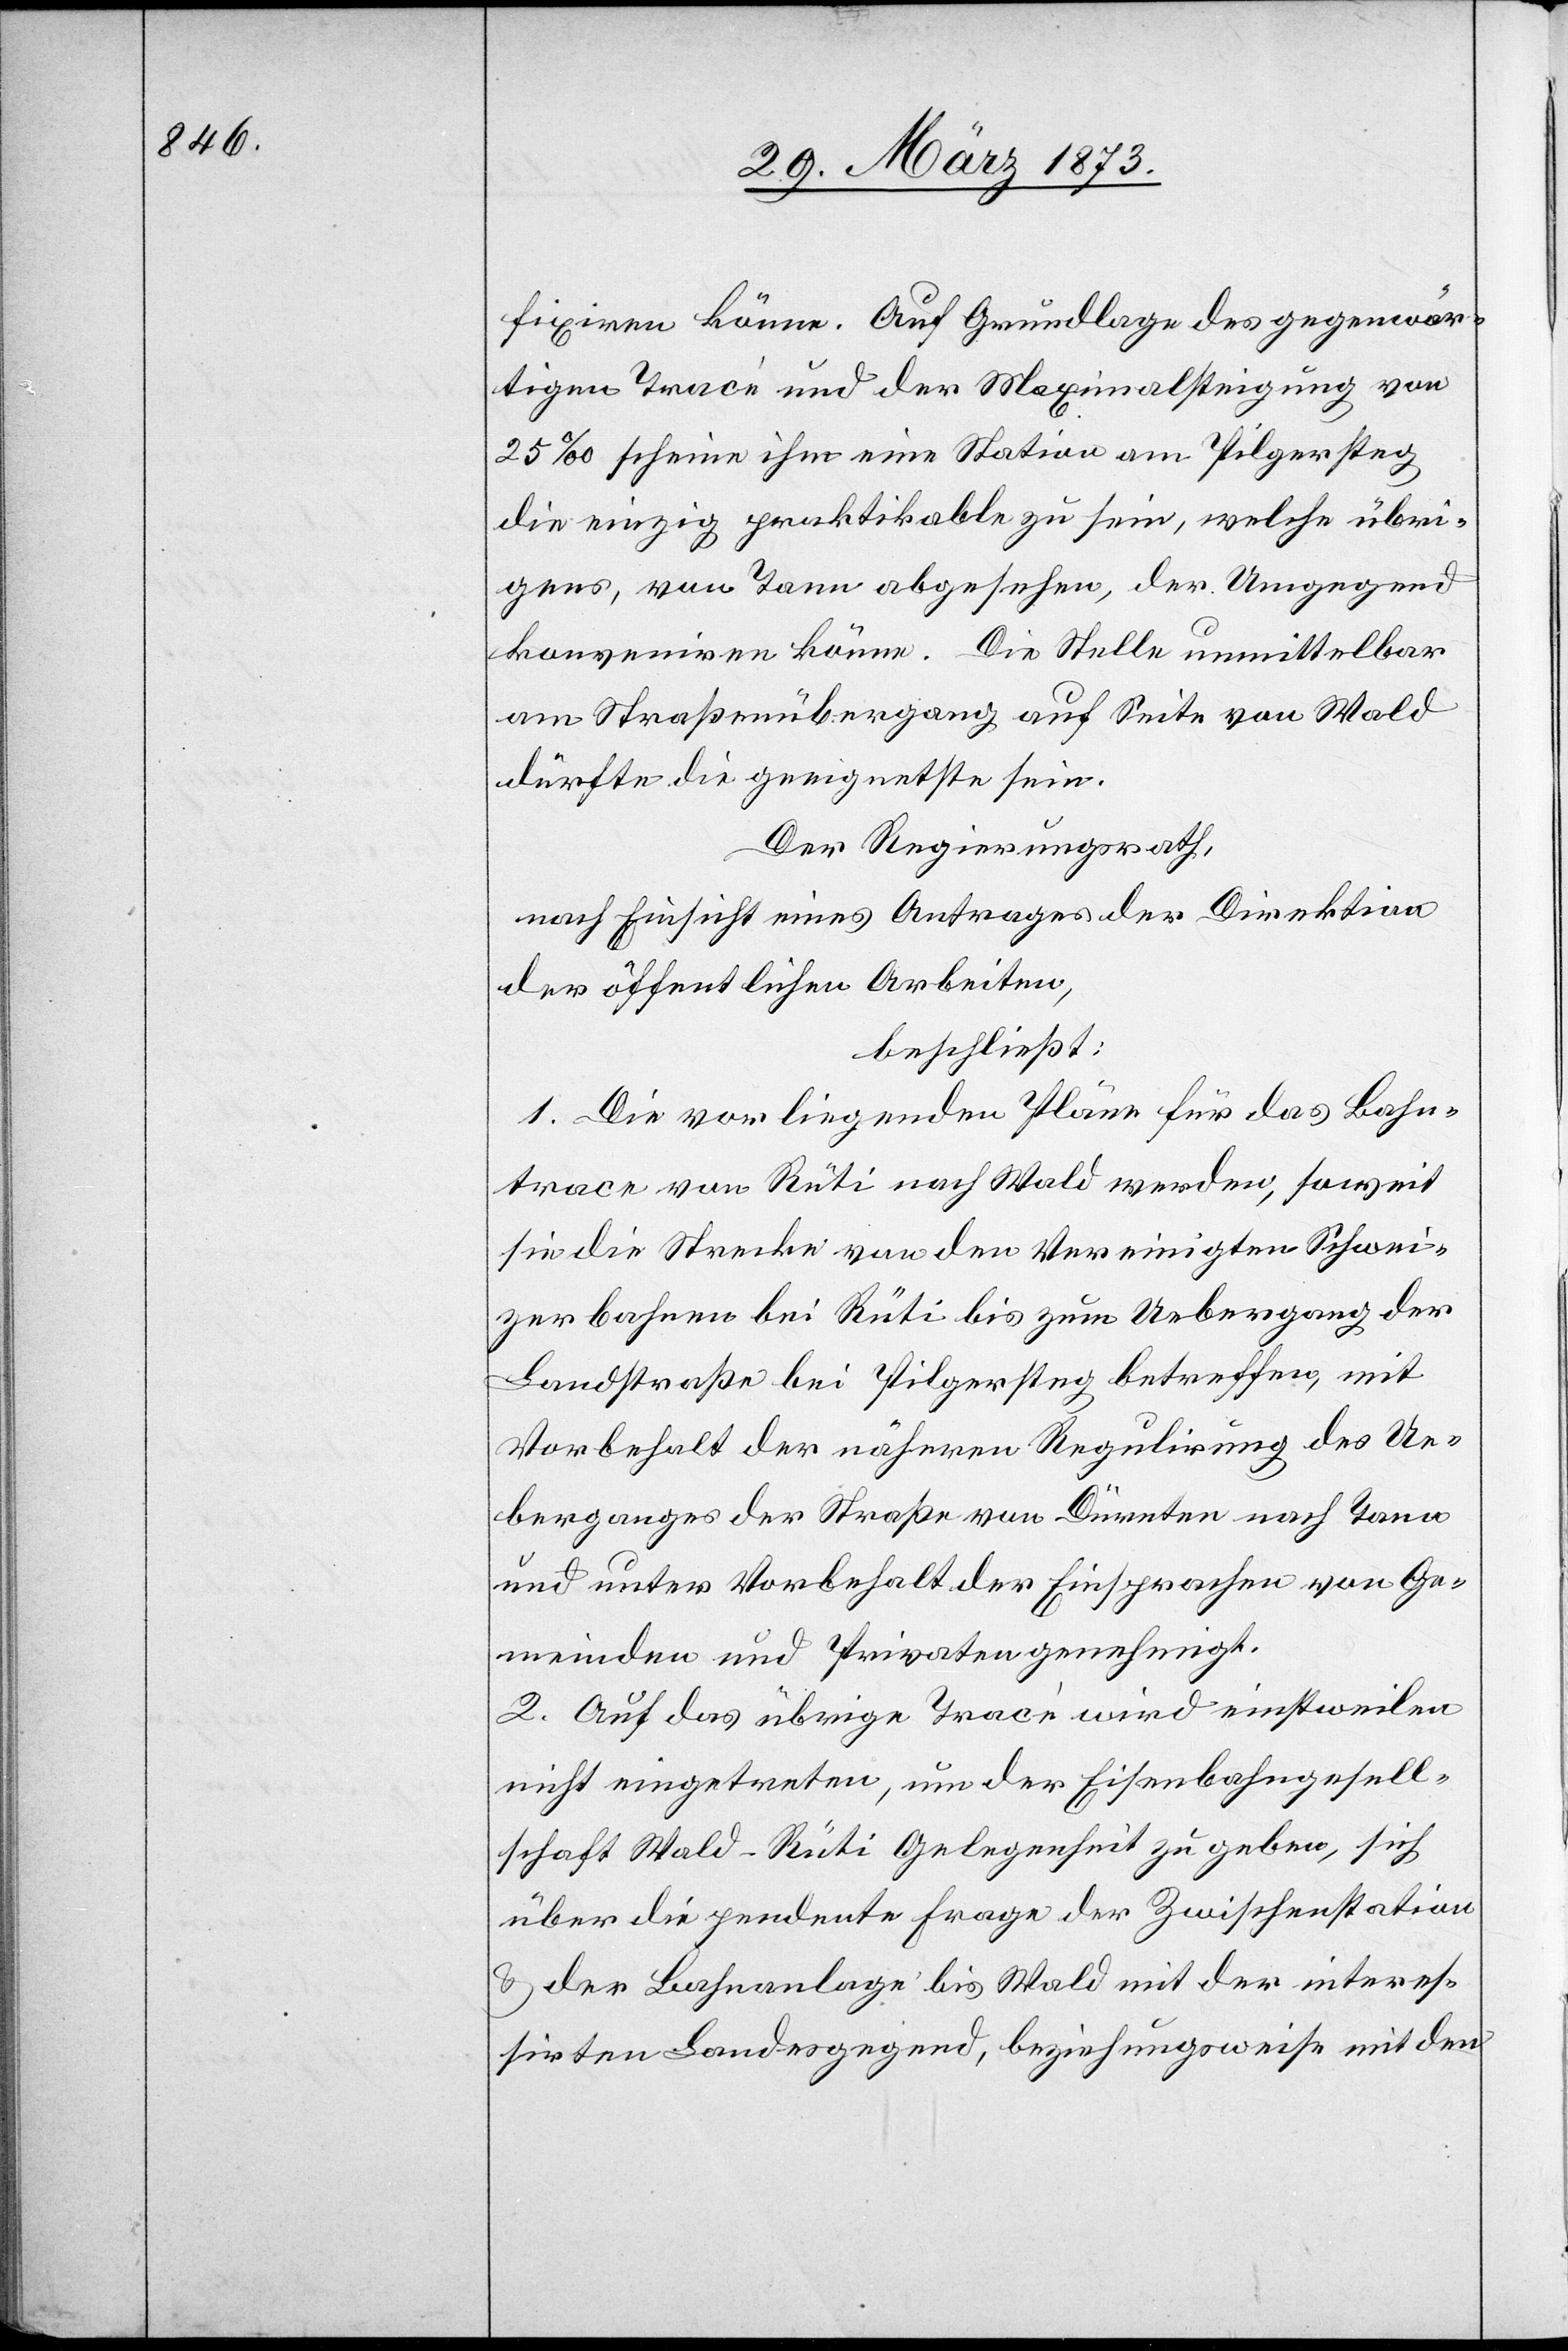
fixiren könne. Auf Grundlage des gegenwär¬
tigen Tracé und der Maximalsteigung von
25‰ scheine ihm eine Station am Pilgersteg
die einzig praktikable zu sein, welche übri¬
gens, von Tann abgesehen, der Umgegend
konveniren könne. Die Stelle unmittelbar
am Straßenübergang auf Seite von Wald
dürfte die geeignetste sein.
Der Regierungsrath,
nach Einsicht eines Antrages der Direktion
der öffentlichen Arbeiten,
beschließt:
1. Die vorliegenden Pläne für das Bahn¬
trace von Rüti nach Wald werden, soweit
sie die Strecke von den Vereinigten Schwei¬
zerbahnen bei Rüti bis zum Uebergang der
Landstraße bei Pilgersteg betreffen, mit
Vorbehalt der näheren Regulirung des Ue¬
berganges der Straße von Dürnten nach Tann
und unter Vorbehalt der Einsprachen von Ge¬
meinden und Privaten genehmigt.
2. Auf das übrige Tracé wird einstweilen
nicht eingetreten, um der Eisenbahngesell¬
schaft Wald–Rüti Gelegenheit zu geben, sich
über die pendente Frage der Zwischenstation
u. der Bahnanlage bis Wald mit der interes¬
sirten Landesgegend, beziehungsweise mit den